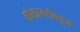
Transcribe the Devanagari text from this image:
सोसायटीकडून